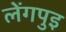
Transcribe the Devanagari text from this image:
लेंगपुइ